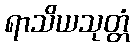
ရာသိယသုတ္တံ